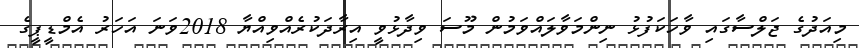
މިއަދުގެ ޖަލްސާގައި ވާހަކަފުޅު ނިންމަވާލައްވަމުން މޫސަ ވިދާޅުވީ އިރާދަކުރެއްވިއްޔާ 2018ވަނަ އަހަރު އެމްޑީޕީގެ